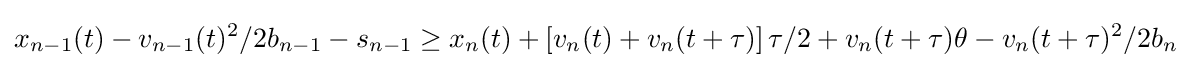
x_{n-1}(t)-v_{n-1}(t)^{2}/2b_{n-1}-s_{n-1}\geq x_{n}(t)+\left[v_{n}(t)+v_{n}(t+\tau )\right]\tau /2+v_{n}(t+\tau )\theta -v_{n}(t+\tau )^{2}/2b_{n}